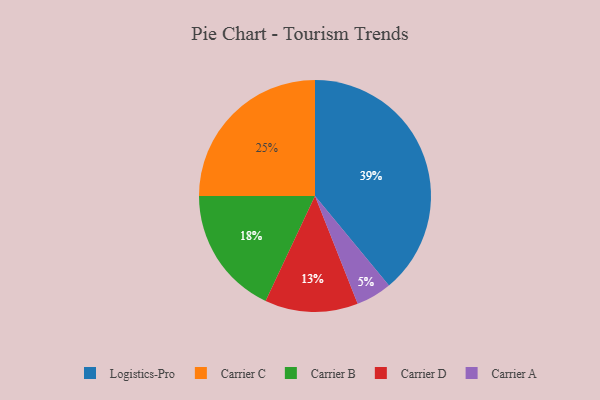
{"axis": {"x": "Category", "y": "Percentage"}, "legend": ["Carrier A", "Carrier B", "Carrier C", "Carrier D", "Logistics-Pro"], "data": [{"x": "Carrier D", "y": 13, "type": "Carrier D"}, {"x": "Carrier A", "y": 5, "type": "Carrier A"}, {"x": "Logistics-Pro", "y": 39, "type": "Logistics-Pro"}, {"x": "Carrier C", "y": 25, "type": "Carrier C"}, {"x": "Carrier B", "y": 18, "type": "Carrier B"}]}